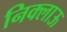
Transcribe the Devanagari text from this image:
निक्लाऊ